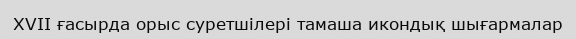
XVII ғасырда орыс суретшілері тамаша икондық шығармалар